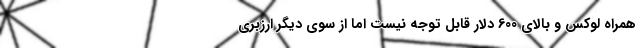
همراه لوکس و بالای 600 دلار قابل توجه نیست اما از سوی دیگر ارزبری